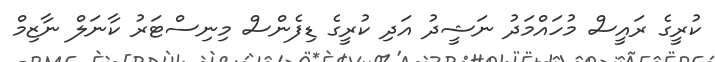
ކުރީގެ ރައީސް މުހައްމަދު ނަޝީދު އަދި ކުރީގެ ޑިފެންސް މިނިސްޓަރު ކާނަލް ނާޒިމް